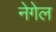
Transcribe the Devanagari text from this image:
नेगेल